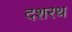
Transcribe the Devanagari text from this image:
दशरथ